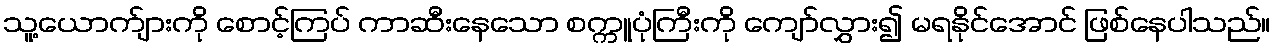
သူ့ယောက်ျားကို စောင့်ကြပ် ကာဆီးနေသော စက္ကူပုံကြီးကို ကျော်လွှား၍ မရနိုင်အောင် ဖြစ်နေပါသည်။